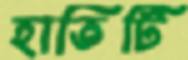
হাতিটি